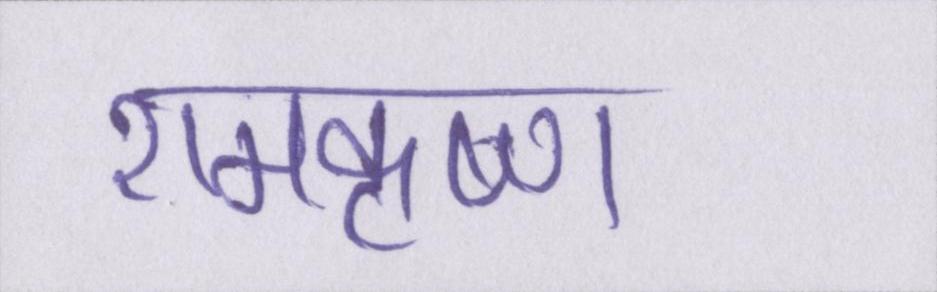
रामकृष्ण